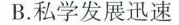
B.私学发展迅速